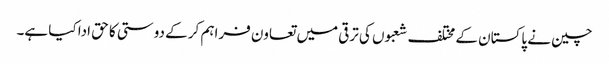
چین نے پاکستان کے مختلف شعبوں کی ترقی میں تعاون فراہم کر کے دوستی کا حق ادا کیا ہے۔